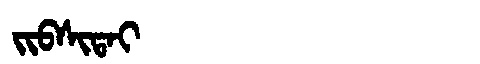
Manchu: ᠵᡳᠪᠰᡳᡨᠠᡳ
Romanization: JIBSITAI